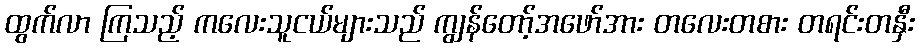
ထွက်လာ ကြသည့် ကလေးသူငယ်များသည် ကျွန်တော့်အဖော်အား တလေးတစား တရင်းတနှီး